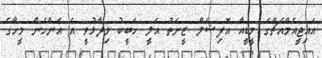
އައިޖީއެމްއެޗްގެ މީޑީއާ އޮފިޝަލް ޒީނަތު އަލީ ހަބީބު ވިދާޅުވީ އެ އަންހެން މީހާގެ